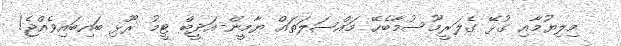
މިލިޔުމާއި ގުޅޭ ގެލަރީމޫސުމާބެހޭ މައްސަލަތައް ޔާމީން-އަދީބް ޓީމު ރޫޅި ބައިބައިވެއްޖެ!